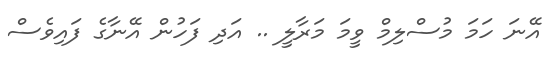
އޭނަ ހަމަ މުސްލިމް ވީމަ މަރާލީ .. އަދި ފަހުން އޭނާގެ ފައިވެސް